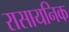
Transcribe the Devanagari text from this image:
रासायनिक